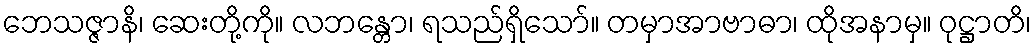
ဘေသဇ္ဇာနိ၊ ဆေးတို့ကို။ လဘန္တော၊ ရသည်ရှိသော်။ တမှာအာဗာဓာ၊ ထိုအနာမှ။ ဝုဋ္ဌာတိ၊